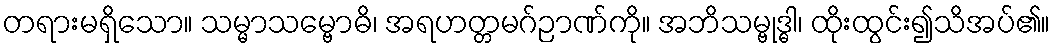
တရားမရှိသော။ သမ္မာသမ္ဗောဓိ၊ အရဟတ္တမဂ်ဉာဏ်ကို။ အဘိသမ္ဗုဒ္ဓါ၊ ထိုးထွင်း၍သိအပ်၏။